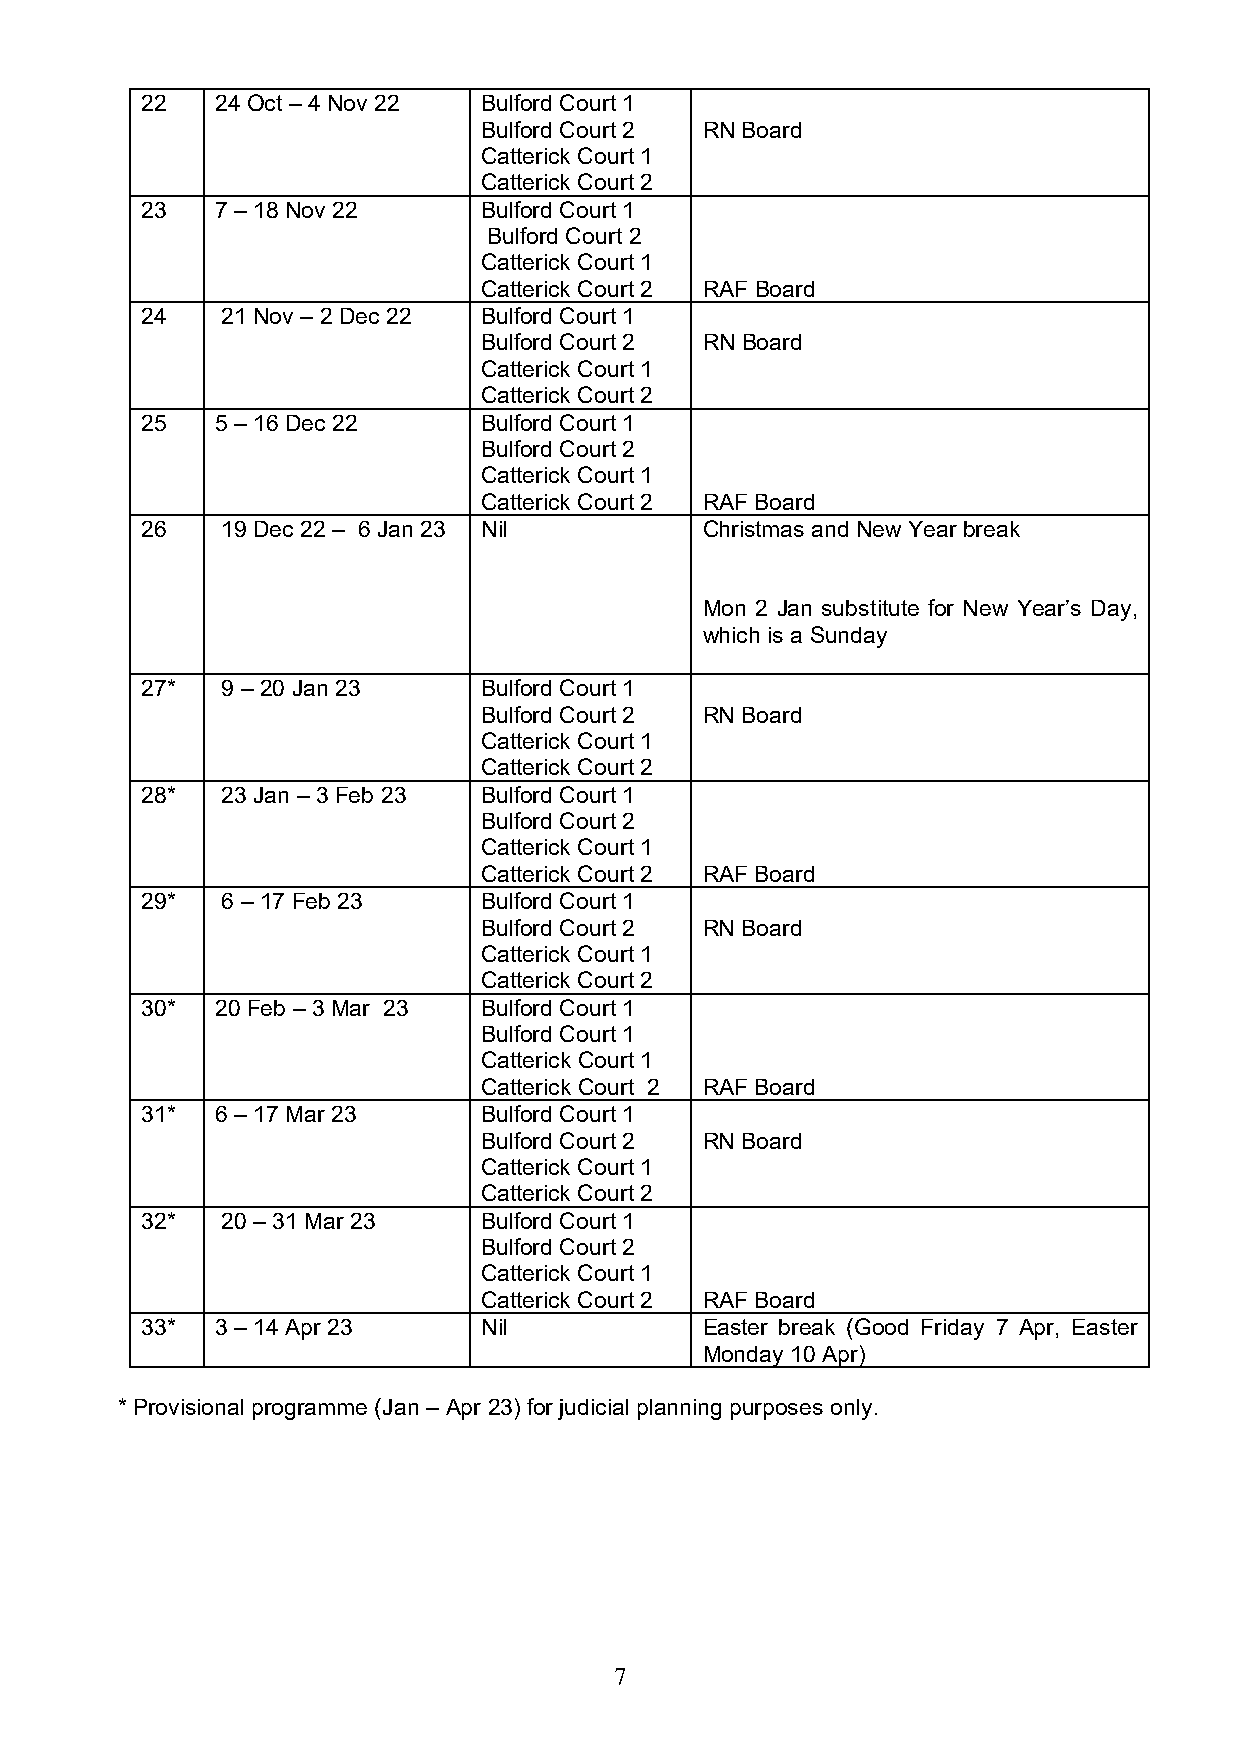
22   24 Oct – 4 Nov 22 Bulford Court 1
 Bulford Court 2 RN Board
 Catterick Court 1
 Catterick Court 2
 23   7 – 18 Nov 22     Bulford Court 1
 Bulford Court 2
 Catterick Court 1
 Catterick Court 2 RAF Board
 24    21 Nov – 2 Dec 22 Bulford Court 1
 Bulford Court 2 RN Board
 Catterick Court 1
 Catterick Court 2
 25   5 – 16 Dec 22     Bulford Court 1
 Bulford Court 2
 Catterick Court 1
 Catterick Court 2 RAF Board
 26    19 Dec 22 – 6 Jan 23 Nil       Christmas and New Year break
 Mon 2 Jan substitute for New Year’s Day,
 which is a Sunday
 27*   9 – 20 Jan 23    Bulford Court 1
 Bulford Court 2 RN Board
 Catterick Court 1
 Catterick Court 2
 28*   23 Jan – 3 Feb 23 Bulford Court 1
 Bulford Court 2
 Catterick Court 1
 Catterick Court 2 RAF Board
 29*   6 – 17 Feb 23    Bulford Court 1
 Bulford Court 2 RN Board
 Catterick Court 1
 Catterick Court 2
 30*  20 Feb – 3 Mar 23 Bulford Court 1
 Bulford Court 1
 Catterick Court 1
 Catterick Court 2 RAF Board
 31*  6 – 17 Mar 23     Bulford Court 1
 Bulford Court 2 RN Board
 Catterick Court 1
 Catterick Court 2
 32*   20 – 31 Mar 23   Bulford Court 1
 Bulford Court 2
 Catterick Court 1
 Catterick Court 2 RAF Board
 33*  3 – 14 Apr 23     Nil           Easter break (Good Friday 7 Apr, Easter
 Monday 10 Apr)
 * Provisional programme (Jan – Apr 23) for judicial planning purposes only.
 7